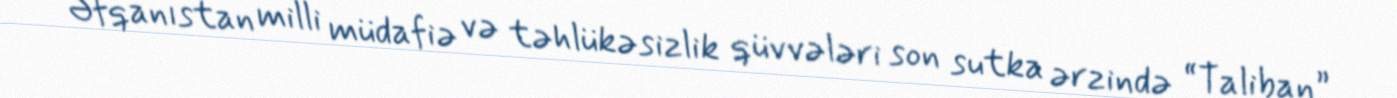
Əfqanıstan milli müdafiə və təhlükəsizlik qüvvələri son sutka ərzində “Taliban”